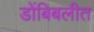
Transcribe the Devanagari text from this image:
डोंबिबलीत